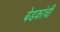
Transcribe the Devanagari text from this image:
बेडकांची